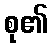
စု၏